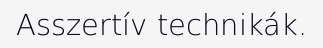
Asszertív technikák.